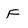
Character: F